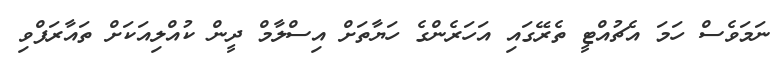
ނަމަަވެސް ހަމަ އެޗުއްޓީ ތެރޭގައި އަހަރެންގެ ހަޔާތަށް އިސްލާމް ދީން ކުއްލިއަކަށް ތައާރަފްވި